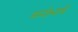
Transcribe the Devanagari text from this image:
मनोभावें